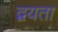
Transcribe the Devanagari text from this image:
द्वयता